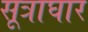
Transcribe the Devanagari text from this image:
सूत्राघार